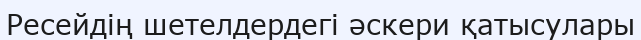
Ресейдің шетелдердегі әскери қатысулары